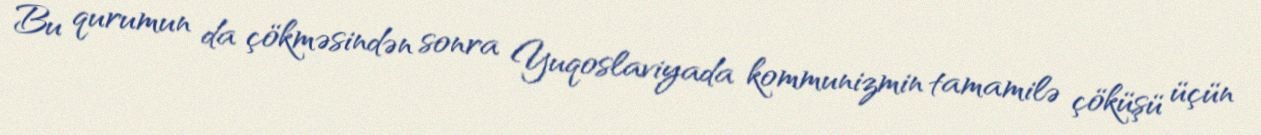
Bu qurumun da çökməsindən sonra Yuqoslaviyada kommunizmin tamamilə çöküşü üçün